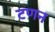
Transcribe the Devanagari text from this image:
टणन